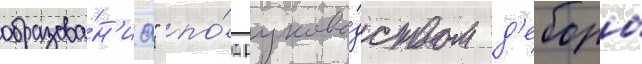
образова́н'иа" по́д руково́дством д'еборы